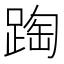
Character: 𨂆